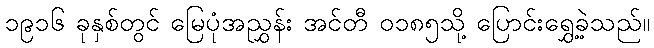
၁၉၁၆ ခုနှစ်တွင် မြေပုံအညွှန်း အင်တီ ၀၁၈၅သို့ ပြောင်းရွှေ့ခဲ့သည်။